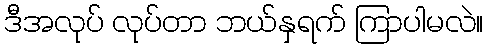
ဒီအလုပ် လုပ်တာ ဘယ်နှရက် ကြာပါမလဲ။